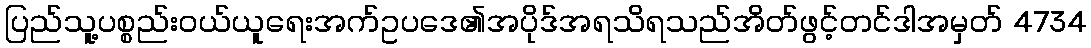
ပြည်သူ့ပစ္စည်းဝယ်ယူရေးအက်ဥပဒေ၏အပိုဒ်အရသိရသည်အိတ်ဖွင့်တင်ဒါအမှတ် 4734